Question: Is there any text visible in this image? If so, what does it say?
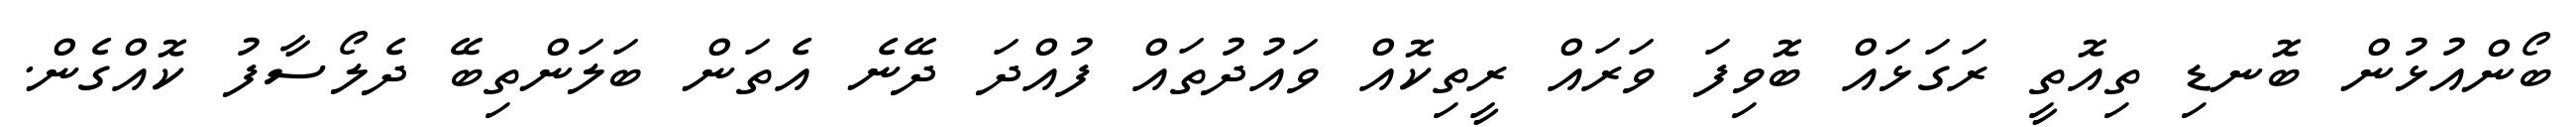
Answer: ބޯންއުޅުން ބޮނޑި ތިއޮތީ ރަގަޅައް ބޮވިފަ ވަރައް ރީތިކޮއް ވައުދުތައް ފުއްދަ ދޭނެ އެތަން ބަލަންތިބޭ ދެލޯސާފު ކޮއްގެން.